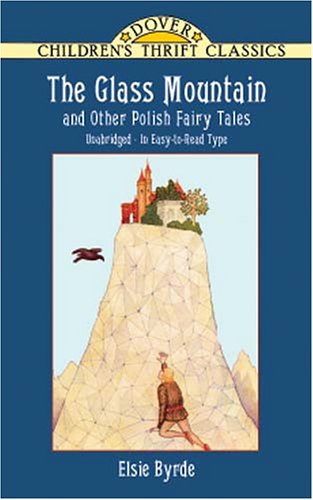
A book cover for The Glass Mountain and Other Polish Fairy Tales (Dover Children's Thrift Classics); Elsie Byrde; Children's Books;